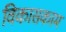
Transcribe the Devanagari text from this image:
विकासकाम